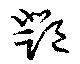
鄧